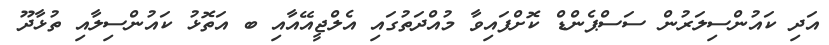
އަދި ކައުންސިލަރުން ސަސްޕެންޑް ކޮށްފައިވާ މުއްދަތުގައި އެލްޖީއޭއާއި ބ އަތޮޅު ކައުންސިލާއި ތުޅާދޫ